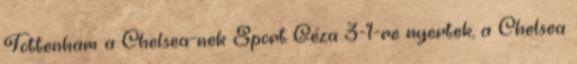
Tottenham a Chelsea-nek Sport Géza 3-1-re nyertek, a Chelsea